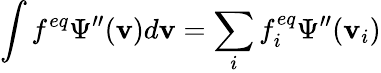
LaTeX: \int f^{eq}\Psi^{\prime\prime}(\mathbf{v})d\mathbf{v}=\sum_{i}f_{i}^{eq}\Psi^{\prime\prime}(\mathbf{v}_{i})